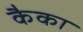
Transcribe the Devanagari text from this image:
कैका